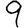
Digit: 9